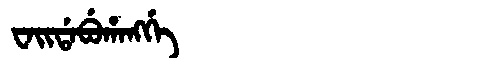
Manchu: ᠸᠠᡳᡩᠠᠪᡠᡥᠠᠩᡤᡝ
Romanization: WAIDABUHANGGE